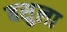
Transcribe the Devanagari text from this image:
बसुला